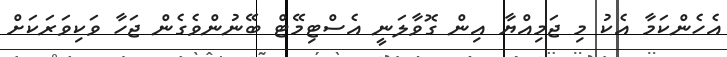
އެހެންކަމާ އެކު މި ޖަމިއްޔާ އިން ގޮވާލަނީ އެސްޓިމޭޓް ބޭނުންވެގެން ޖަހާ ވަކިވަރަކަށް